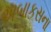
અબાકસના